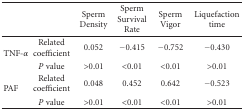
<table><thead><tr><td><b> </b></td><td><b> </b></td><td><b>Sperm Density </b></td><td><b>Sperm Survival Rate </b></td><td><b>Sperm Vigor </b></td><td><b>Liquefaction time</b></td></tr></thead><tbody><tr><td rowspan="2">TNF-<i>α</i></td><td>Related coefficient</td><td>0.052</td><td>−0.415</td><td>−0.752</td><td>−0.430</td></tr><tr><td><i>P</i> value </td><td>&gt;0.01</td><td>&lt;0.01</td><td>&lt;0.01</td><td>&gt;0.01</td></tr><tr><td rowspan="2">PAF</td><td>Related coefficient</td><td>0.048</td><td>0.452</td><td>0.642</td><td>−0.523</td></tr><tr><td><i>P</i> value </td><td>&gt;0.01</td><td>&lt;0.01</td><td>&lt;0.01</td><td>&gt;0.01</td></tr></tbody></table>